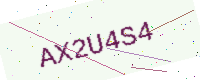
Text: AX2U4S4